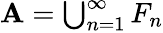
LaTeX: \mathbf{A}=\textstyle\bigcup_{n=1}^{\infty}F_{n}